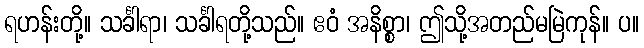
ရဟန်းတို့။ သင်္ခါရာ၊ သင်္ခါရတို့သည်။ ဧဝံ အနိစ္စာ၊ ဤသို့အတည်မမြဲကုန်။ ပ။